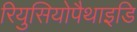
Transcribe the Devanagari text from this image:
रियुसियोपैथाइडि